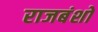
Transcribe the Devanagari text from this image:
राजबंशो